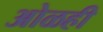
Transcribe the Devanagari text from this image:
ओळही